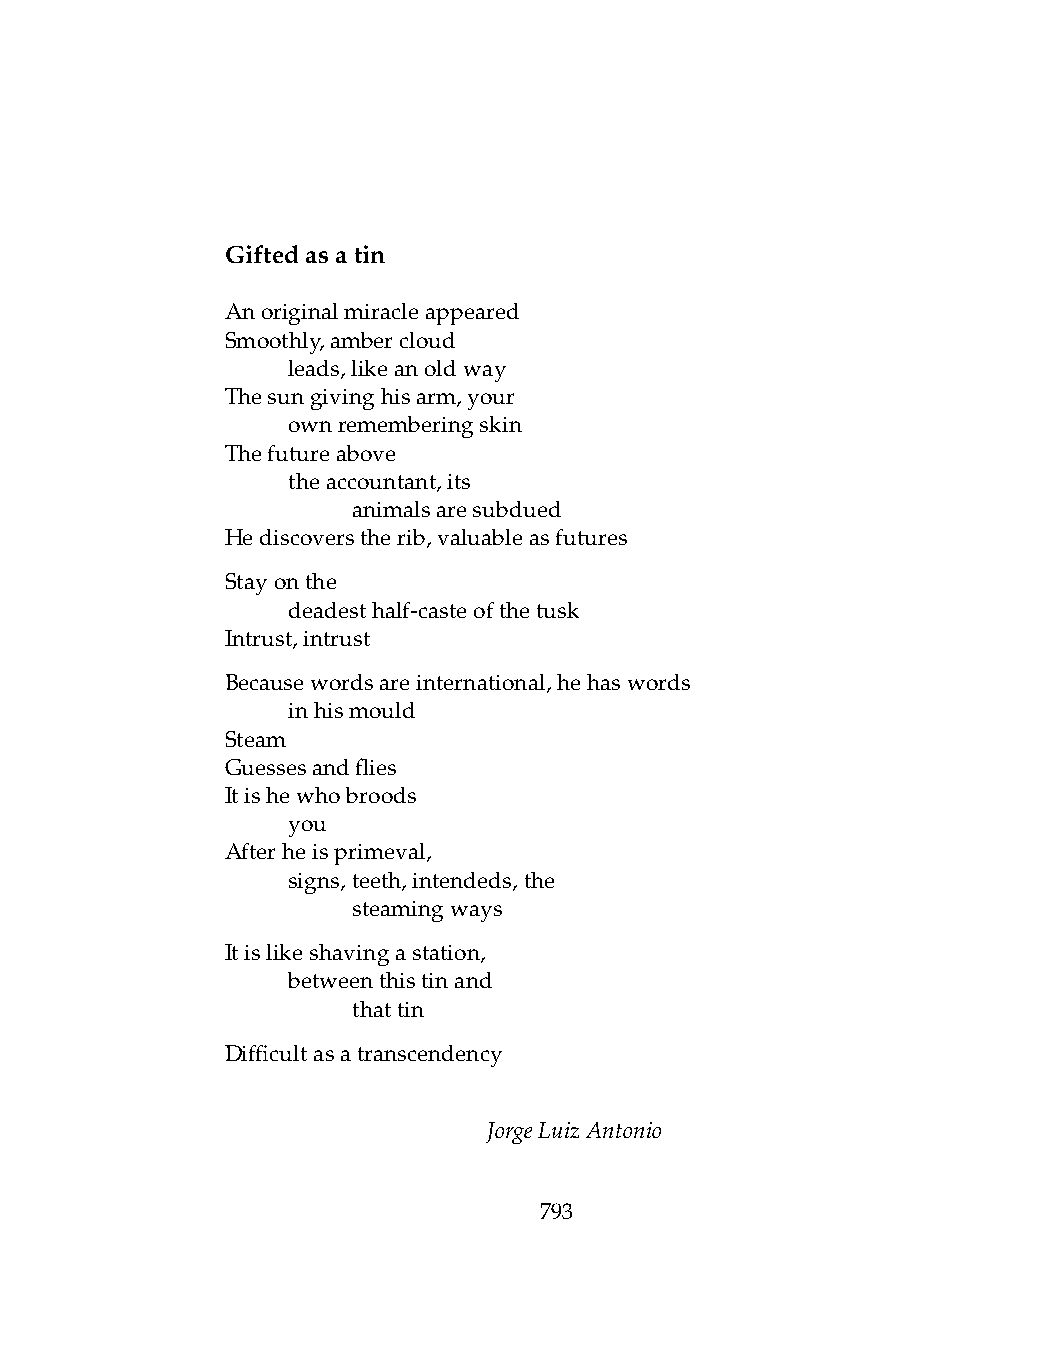
Giftedasatin
 Anoriginalmiracleappeared
 Smoothly,ambercloud
 .   leads,likeanoldway
 Thesungivinghisarm,your
 .   ownrememberingskin
 Thefutureabove
 .   theaccountant,its
 .   .   animalsaresubdued
 Hediscoverstherib,valuableasfutures
 Stayonthe
 .   deadesthalf-casteofthetusk
 Intrust,intrust
 Becausewordsareinternational,hehaswords
 .   inhismould
 Steam
 Guessesandflies
 Itishewhobroods
 .   you
 Afterheisprimeval,
 .   signs,teeth,intendeds,the
 .   .   steamingways
 Itislikeshavingastation,
 .   betweenthistinand
 .   .   thattin
 Difficultasatranscendency
 JorgeLuizAntonio
 793